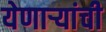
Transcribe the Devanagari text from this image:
येणार्‍यांची